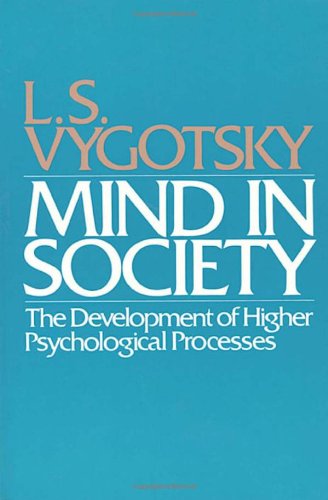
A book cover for Mind in Society: The Development of Higher Psychological Processes; L. S. Vygotsky; Medical Books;